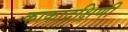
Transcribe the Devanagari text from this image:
काकादक्षिणी